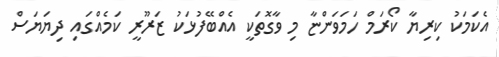
އެކަމަކު ކިރިޔާ ކޯރަމް ހަމަވަންޏާ މި ވާގޮތަކީ އެއްބޭފުޅަކު ޒަރޫރީ ކަމެއްގައި ދިޔަޔަސް